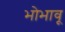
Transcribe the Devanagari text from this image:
भोभावू